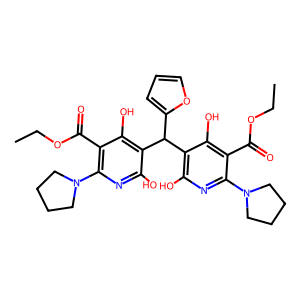
SMILES: CCOC(=O)c1c(N2CCCC2)nc(O)c(C(c2ccco2)c2c(O)nc(N3CCCC3)c(C(=O)OCC)c2O)c1O
Inhibits HIV replication: No